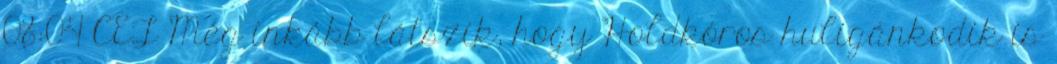
08:04 CET Még inkább látszik, hogy Holdkóros huligánkodik is